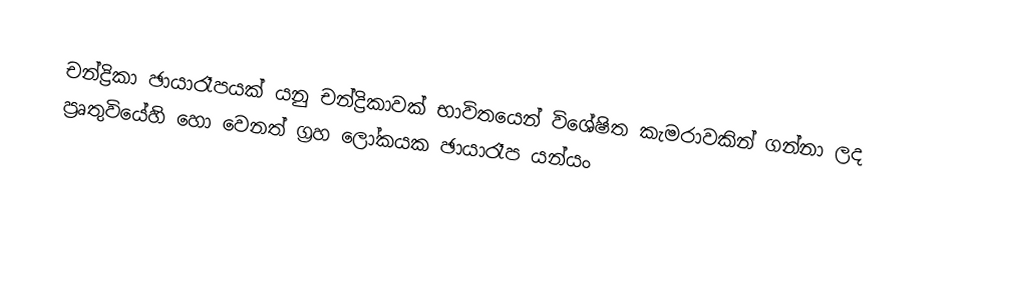
චන්ද්‍රිකා ඡායාරෑපයක් යනු චන්ද්‍රිකාවක් භාවිත‍යෙන් විශේෂිත කැමරාවකින් ගන්නා ලද  ප්‍රෘතුවියේහි හො වෙනත් ග්‍රහ ලෝකයක ඡායාරෑප යන්යං